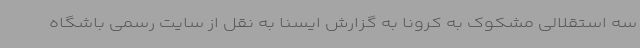
سه استقلالی مشکوک به کرونا به گزارش ایسنا به نقل از سایت رسمی باشگاه